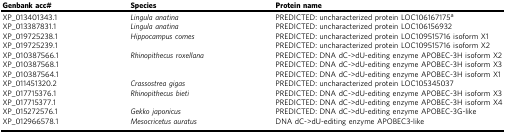
| Genbank acc# | Species | Protein name |
 | --- | --- | --- |
 | XP_013401343.1 | Lingula anatina | PREDICTED: uncharacterized protein LOC106167175a |
 | XP_013387831.1 | Lingula anatina | PREDICTED: uncharacterized protein LOC106156932 |
 | XP_019725238.1 | Hippocampus comes | PREDICTED: uncharacterized protein LOC109515716 isoform X1 |
 | XP_019725239.1 |  | PREDICTED: uncharacterized protein LOC109515716 isoform X2 |
 | XP_010387566.1 | Rhinopithecus roxellana | PREDICTED: DNA dC->dU-editing enzyme APOBEC-3H isoform X2 |
 | XP_010387568.1 |  | PREDICTED: DNA dC->dU-editing enzyme APOBEC-3H isoform X3 |
 | XP_010387564.1 |  | PREDICTED: DNA dC->dU-editing enzyme APOBEC-3H isoform X1 |
 | XP_011451320.2 | Crassostrea gigas | PREDICTED: uncharacterized protein LOC105345037 |
 | XP_017715376.1 | Rhinopithecus bieti | PREDICTED: DNA dC->dU-editing enzyme APOBEC-3H isoform X3 |
 | XP_017715377.1 |  | PREDICTED: DNA dC->dU-editing enzyme APOBEC-3H isoform X4 |
 | XP_015272576.1 | Gekko japonicus | PREDICTED: DNA dC->dU-editing enzyme APOBEC-3G-like |
 | XP_012966578.1 | Mesocricetus auratus | DNA dC->dU-editing enzyme APOBEC3-like |